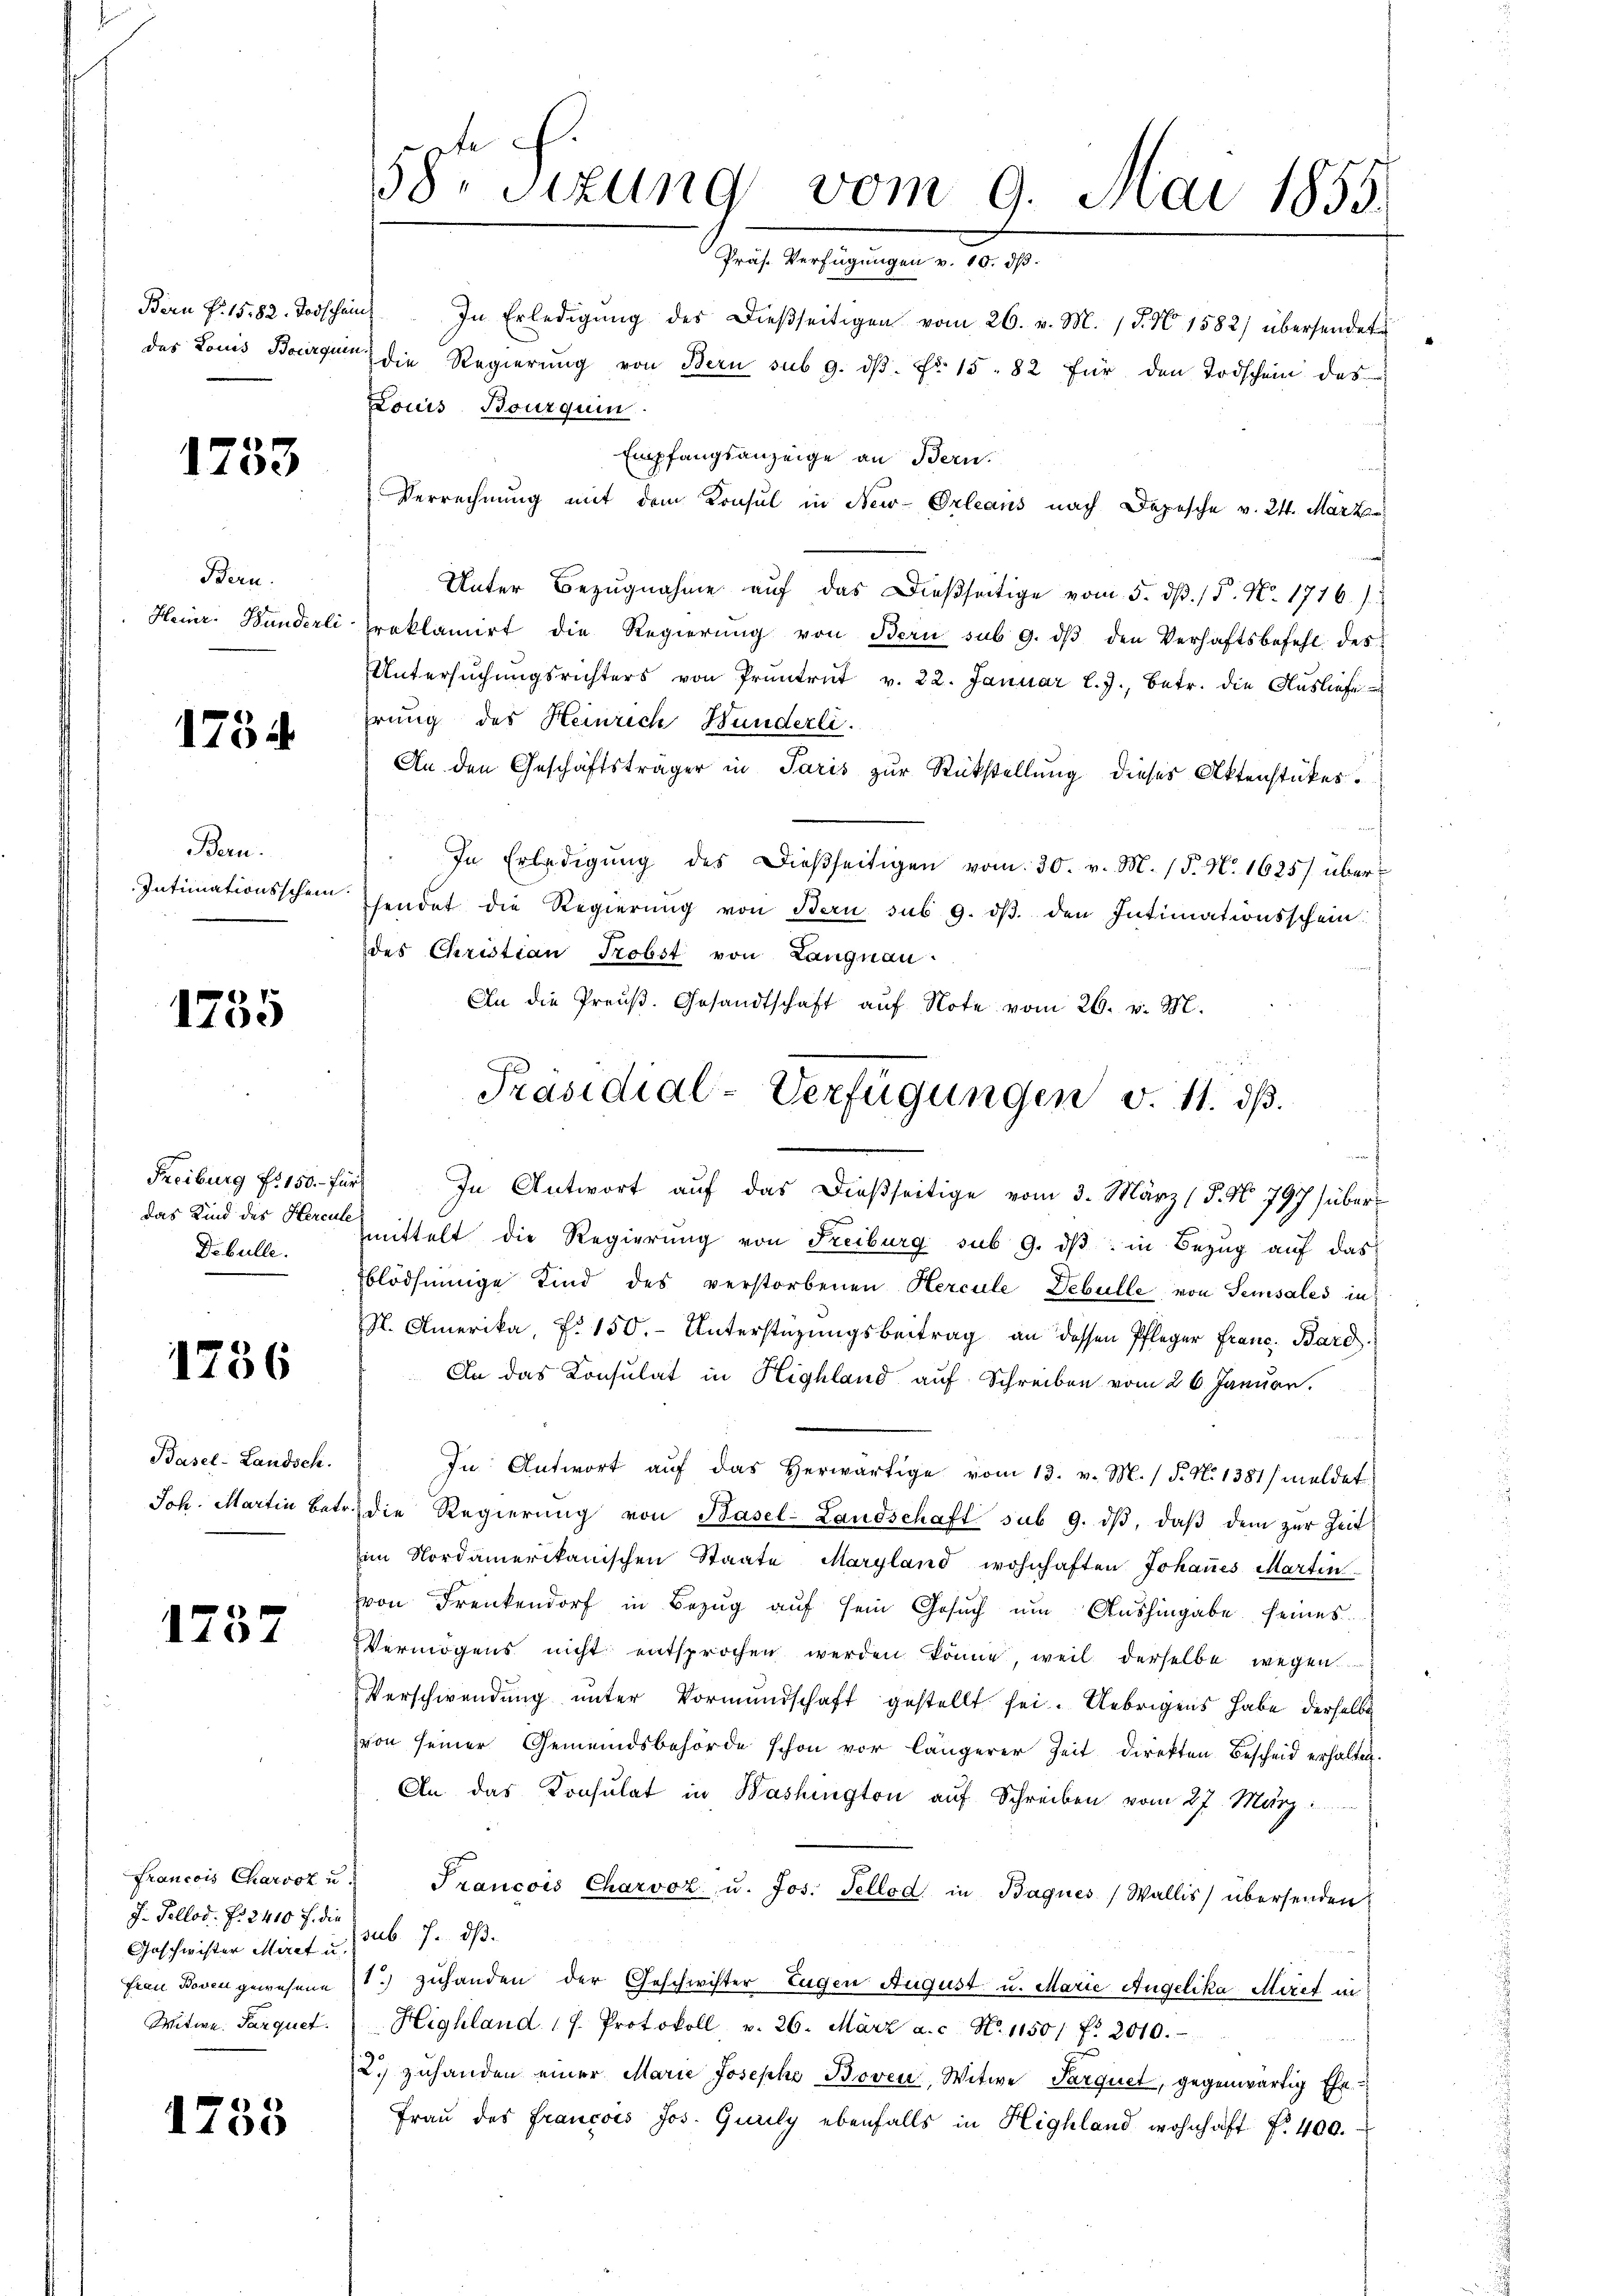
Bern P. 15. 82. Todschein
das Louis Bourquin

1733

Bern.
Heinr. Handerli

1734

Bern.
Intimationsschein

1735

Freiburg f. 150.- für
Dibulle.

1256

Basel-Landsch
Joh. Martin betr.

1737

Francois Charvoz u.
J. Pellod. P. 2410 f. die
Geschwister Miret u.
Frau Boven gewesene
Witwe. Parquet

1755

58 Sizung vom 9. Mai 1855.
Präs. Verfügungen v. 10. I.

In Erledigŭng des dießseitigen vom 26. v. M. 15. No 1582) übersendete
die Regierŭng von Bern sub 9. dβ. fr. 15. 82 für den Todschein das
Louis Bourquin
Empfangsanzeige an Bern.
Verrechnung mit dem Konsul in New-Orleans nach Depesche v. 24. März
Unter Bezŭgnahme aŭf das dießseitige vom 5. dβ. / 5. N. 1716):
roklamirt die Regierŭng von Bern sub 9. dβ den Verhaftsbefehl des
Untersŭchŭngsrichters von Pruntrŭt v. 22. Januar l. J., betr. die Ausliefe
erung der Heinrich Hunderli.
An den Geschäftsträger in Paris zur Rückstellung dieses Aktenstückes.
In Erledigŭng des dießseitigen vom 30. v. M. (§. No. 1625) über
sendet die Regierŭng von Bern sub 9. dβ den Intimationsschein
des Christian Probst von Langnau
An die Preuß. Gesandtschaft auf Note vom 26. v. M.
In Antwort auf das dießseitige vom 3. März (§. No 797 überdas Kind des Seren mittelt die Regierung von Freiburg sub 9. dβ in Bezug auf das
Eblödsinnige Sind des verstorbenen Hercule Debulle von Semsales in
S. Amerika, P. 150.- Unterstüzungsbeitrag an dessen Pfleger Franc, Bard.
An das Konsulat in Highland auf Schreiben vom 26. Januar.
In Antwort aŭf das herwärtige vom 13. v. M. / P. N. 1381 / meldet
die Regierŭng von Hasel-Landschaft sub 9. dβ, daβ dem zur Zeit
im Nordamerikanischen Staate Maryland wohnhaften Johannes Martin
von Frenkendorf in Bezŭg aŭf sein Gesŭch ŭm Aŭshingabe seines
Vermögens nicht entsprochen werden könne, weil derselbe wegen
Verschwendung unter Vormundschaft gestellt sei. Uebrigens habe derselbe
von seiner Gemeindsbehörde schon vor längerer Zeit direkten Bescheid erhalten.
An das Konsulat in Washington auf Schreiben vom 27. März
Francois Charvoz u. Jos. Tellod in Bagues Wallis) übersenden
sub. 7. ds.
1.) Zuhanden der Geschwister Eugen August u. Marie Angelika Miret in
Highland 17. Protokoll v. 26. März a. c. No. 11501 f. 2010.
2. zuhanden einer Marie Josephe Boven, Witwe Parquet, gegenwärtig Ehe-
Fraŭ des Francois Jos. Gurily ebenfalls in Highland wohnhaft f. 400.

Präsidial-Verfügungen d. 11. ds.